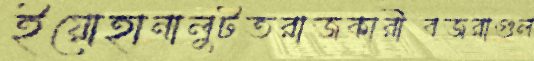
ইয়োহানালুটতরাজকারীবজরাগুল